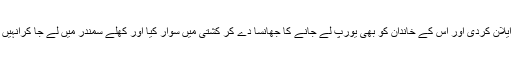
انہی چاروں میں سے کسی نے ایلان کردی اور اس کے خاندان کو بھی یورپ لے جانے کا جھانسا دے کر کشتی میں سوار کیا اور کھلے سمندر میں لے جا کرانہیں بے یارو مدد گار چھوڑ دیا گیا۔